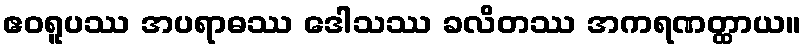
ဧဝရူပဿ အပရာဓဿ ဒေါသဿ ခလိတဿ အကရဏတ္ထာယ။